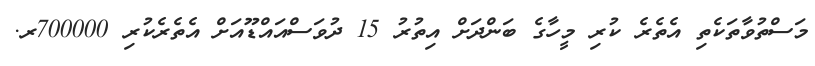
މަސްތުވާތަކެތި އެތެރެ ކުރި މީހާގެ ބަންދަށް އިތުރު 15 ދުވަސްއައްޑޫއަށް އެތެރެކުރި 700000ރ.